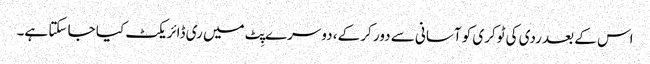
اس کے بعد ردی کی ٹوکری کو آسانی سے دور کر کے، دوسرے پِٹ میں ری ڈائریکٹ کیا جا سکتا ہے۔